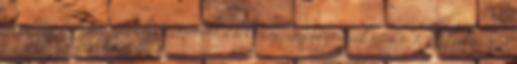
szemszögéből Jogszabályi útmutató Elektromos mennyiségek mérése 1. Melyik jármű